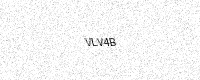
Text: VLV4B